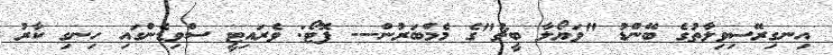
އިނގިރޭސިވިލާތުގެ ބޭންޑު "ވަޔޯލާ ބީޗު"ގެ މެމްބަރުން--- ފޮޓޯ: ވެރައިޓީ ސްވިޑެންގައި ހިނގި ކާރު